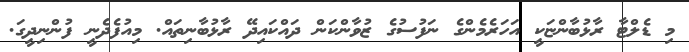
މި ޑެލްޓާ ރާޅުބާންޏަކީ އަހަރެމެންގެ ނަފުސުގެ ޒުވާންކަން ދައްކައިދޭ ރާޅުބާނިތައް. މިއުފެދެނީ ފުންނިދީގަ.